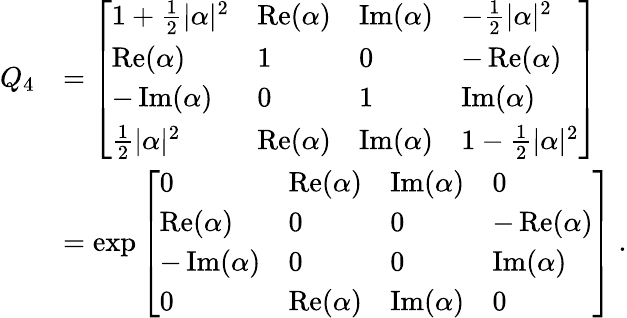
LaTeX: {\begin{array}{rl}{Q_{4}}&{={\left[\begin{array}{llll}{1+{\frac{1}{2}}\vert\alpha\vert^{2}}&{\operatorname{Re}(\alpha)}&{\operatorname{Im}(\alpha)}&{-{\frac{1}{2}}\vert\alpha\vert^{2}}\\ {\operatorname{Re}(\alpha)}&{1}&{0}&{-\operatorname{Re}(\alpha)}\\ {-\operatorname{Im}(\alpha)}&{0}&{1}&{\operatorname{Im}(\alpha)}\\ {{\frac{1}{2}}\vert\alpha\vert^{2}}&{\operatorname{Re}(\alpha)}&{\operatorname{Im}(\alpha)}&{1-{\frac{1}{2}}\vert\alpha\vert^{2}}\end{array}\right]}}\\ &{=\exp{\left[\begin{array}{llll}{0}&{\operatorname{Re}(\alpha)}&{\operatorname{Im}(\alpha)}&{0}\\ {\operatorname{Re}(\alpha)}&{0}&{0}&{-\operatorname{Re}(\alpha)}\\ {-\operatorname{Im}(\alpha)}&{0}&{0}&{\operatorname{Im}(\alpha)}\\ {0}&{\operatorname{Re}(\alpha)}&{\operatorname{Im}(\alpha)}&{0}\end{array}\right]}~.}\end{array}}